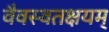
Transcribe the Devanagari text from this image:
वैवस्वतक्षयम्